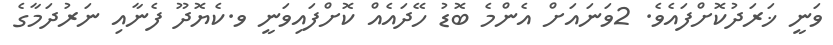
ވަނީ ޚަރަދުކޮށްފައެވެ. 2ވަނައަށް އެންމެ ބޮޑު ހޭދައެއް ކޮށްފައިވަނީ ވ.ކެޔޮދޫ ފެނާއި ނަރުދަމާގެ